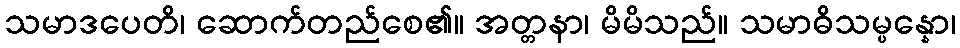
သမာဒပေတိ၊ ဆောက်တည်စေ၏။ အတ္တနာ၊ မိမိသည်။ သမာဓိသမ္ပန္နော၊